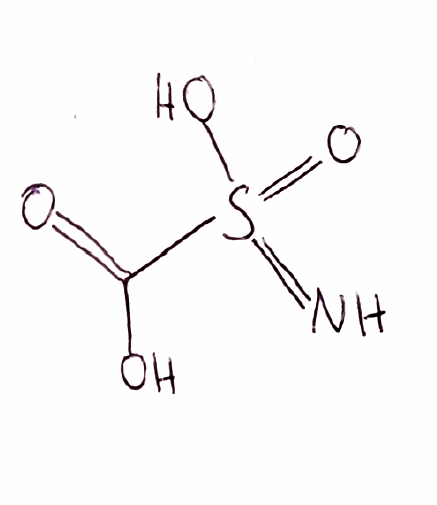
Simplified molecular-input line-entry system (SMILES) notation of the given molecule:
C(=O)(O)S(=N)(=O)O